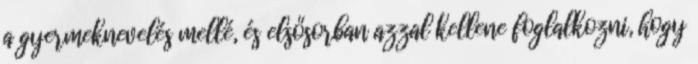
a gyermeknevelés mellé, és elsősorban azzal kellene foglalkozni, hogy